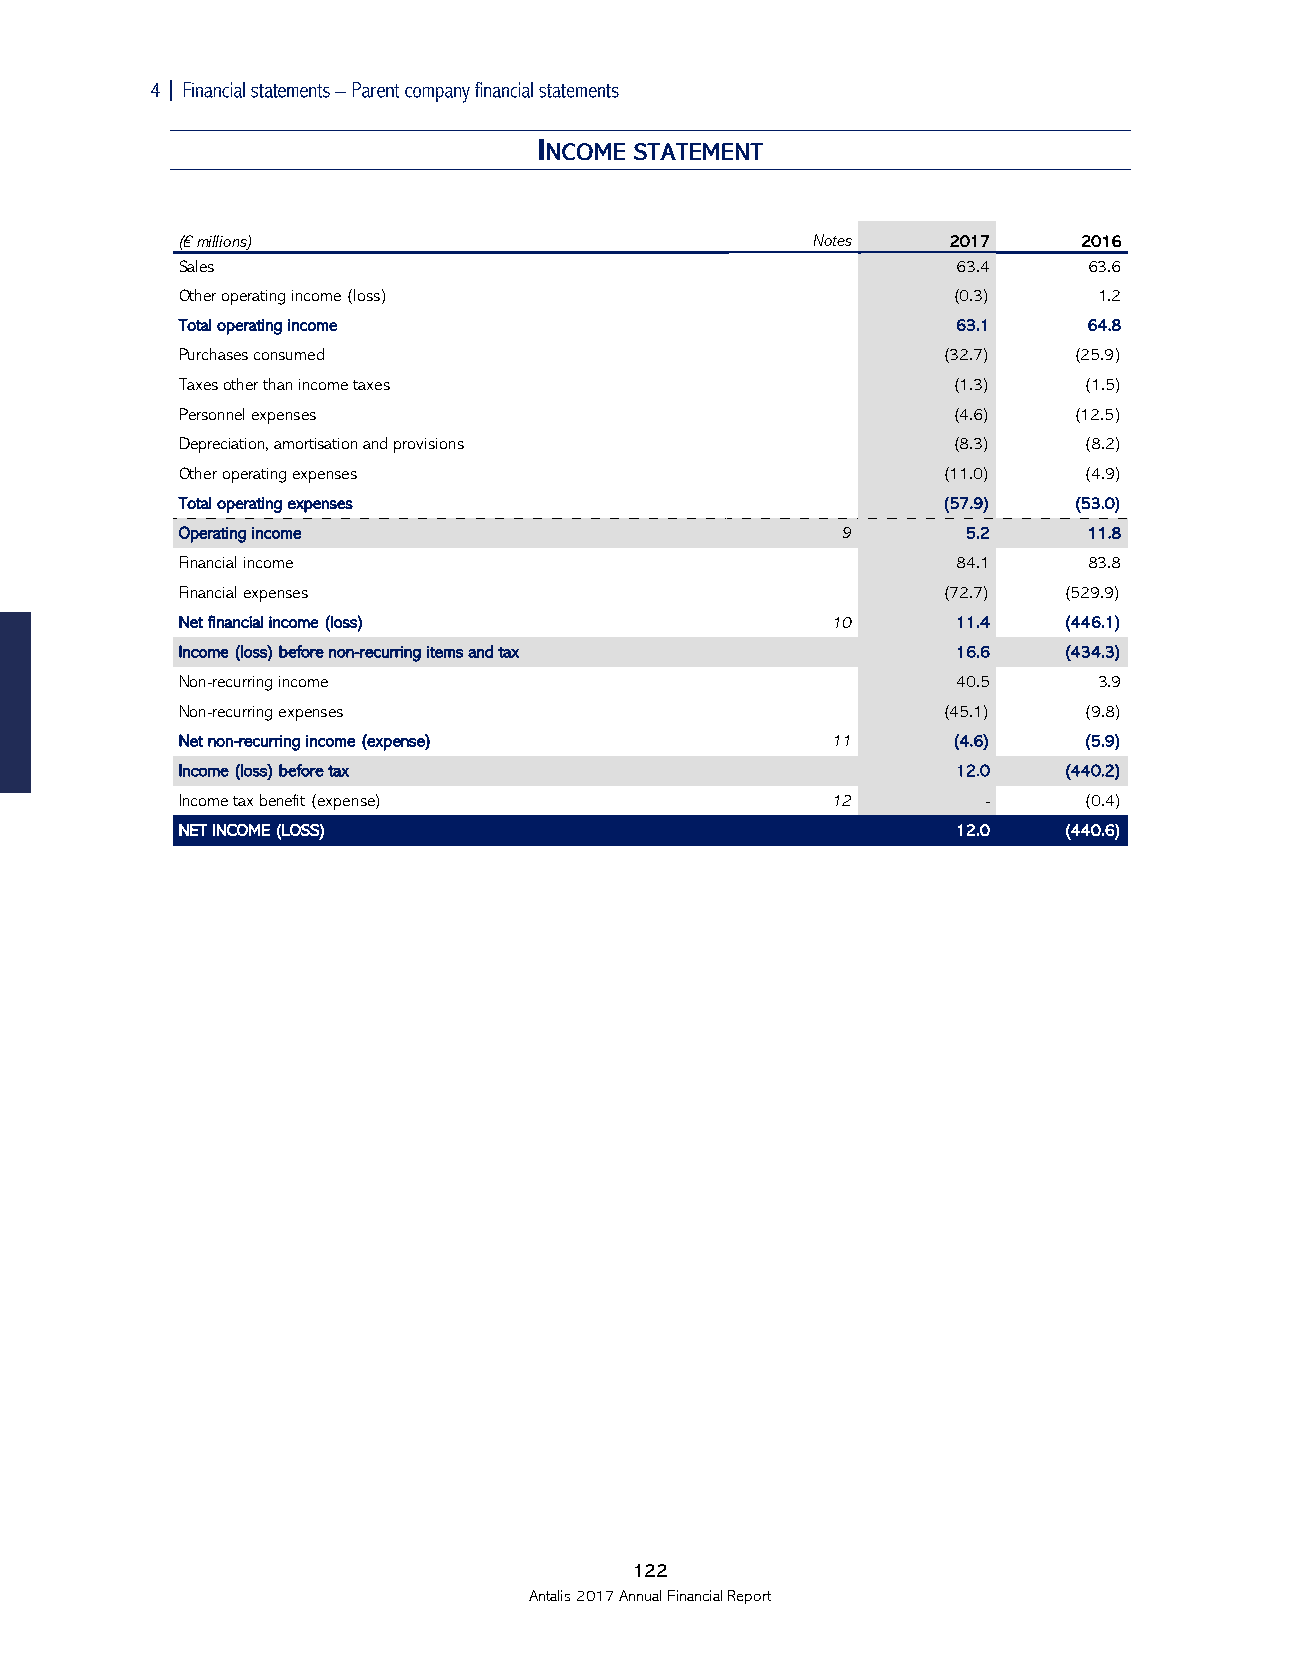

 (€ millions)                              Notes    2017     2016
 Sales                                              63.4     63.6
 Other operating income (loss)                      (0.3)     1.2
 Total operating income                             63.1     64.8
 Purchases consumed                                (32.7)   (25.9)
 Taxes other than income taxes                      (1.3)    (1.5)
 Personnel expenses                                 (4.6)   (12.5)
 Depreciation, amortisation and provisions          (8.3)    (8.2)
 Other operating expenses                          (11.0)    (4.9)
 Total operating expenses                          (57.9)   (53.0)
 Operating income                            9       5.2     11.8
 Financial income                                   84.1     83.8
 Financial expenses                                (72.7)  (529.9)
 Net financial income (loss)                10      11.4   (446.1)
 Income (loss) before non-recurring items and tax   16.6   (434.3)
 Non-recurring income                               40.5      3.9
 Non-recurring expenses                            (45.1)    (9.8)
 Net non-recurring income (expense)         11      (4.6)    (5.9)
 Income (loss) before tax                           12.0   (440.2)
 Income tax benefit (expense)               12        -      (0.4)
 NET INCOME (LOSS)                                  12.0   (440.6)
 122
 Antalis 2017 Annual Financial Report